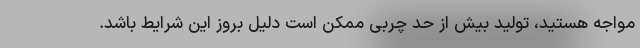
مواجه هستید، تولید بیش از حد چربی ممکن است دلیل بروز این شرایط باشد.